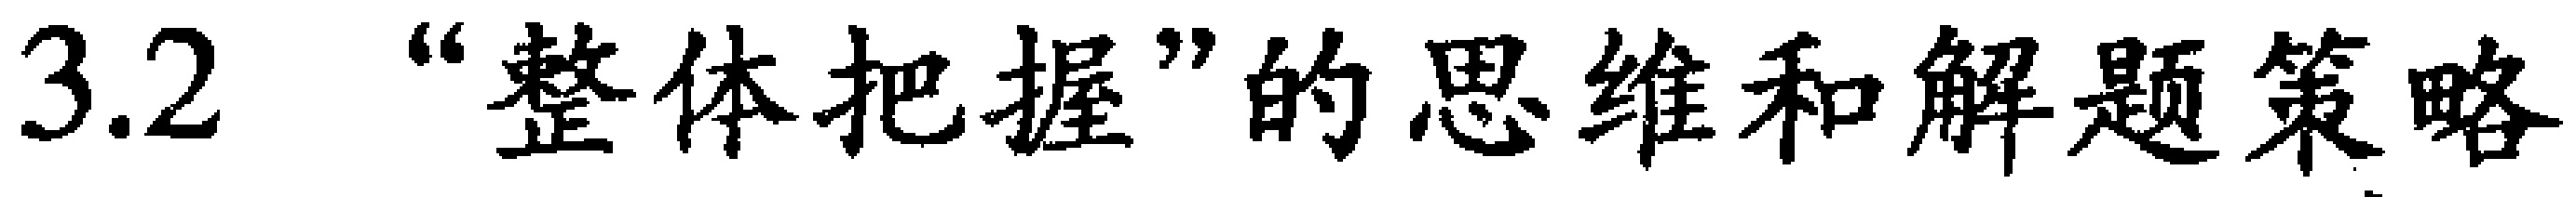
3.2 “整体把握”的思维和解题策略